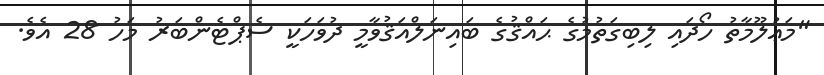
"މަޢުލޫމާތު ހޯދައި ލިބިގަތުމުގެ ޙައްޤުގެ ބައިނަލްއަޤުވާމީ ދުވަހަކީ ސެޕްޓެންބަރު މަހު 28 އެވެ.